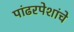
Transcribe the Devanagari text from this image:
पांढरपेशांचे